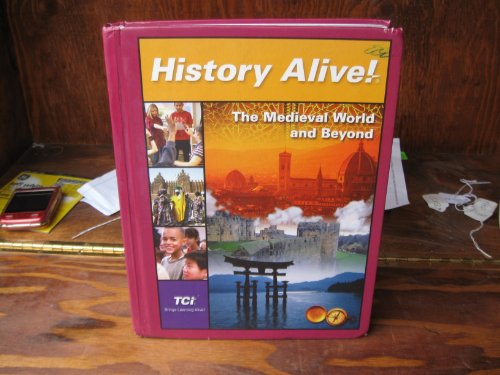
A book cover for The Medieval World and Beyond, Student Edition (History Alive!); Bert Bower; Children's Books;